Lunatic asylums Central Provinces reports 1886-1894 - 1886-1894
Year: 1886
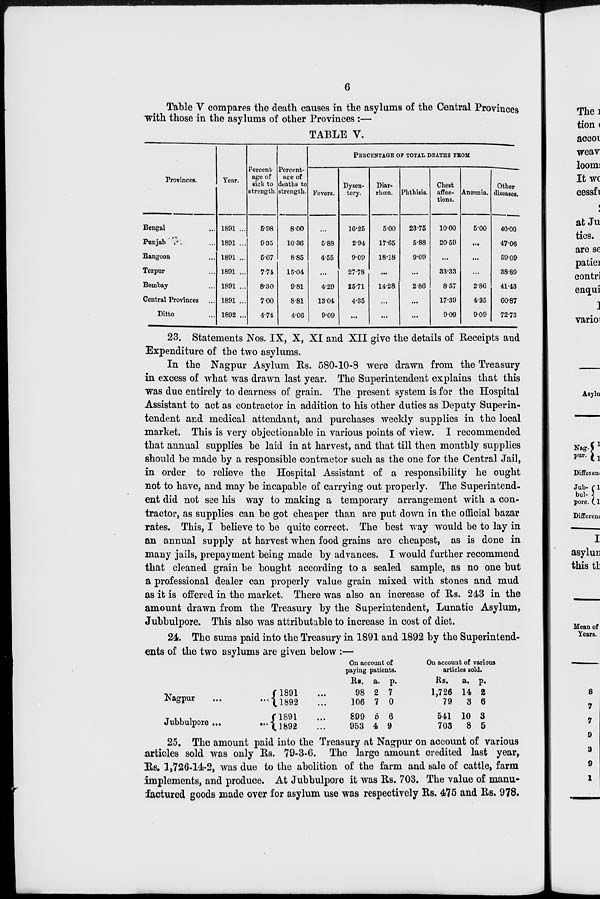
6
Table V compares the death causes in the asylums of the Central Provinces
with those in the asylums of other Provinces:—
TABLE V.
Provinces.
Bengal ...
Punjab ...
Rangoon ...
Tezpur ...
Bombay ...
Central Provinces ...
Ditto ...
Year.
1891 ...
1891 ...
1891 ...
1891 ...
1891 ...
1891 ...
1892 ...
Percent-
age of
sick to
strength.
6.98
9.35
5.67
7.74
8.30
7.00
4.74
Percent-
age of
deaths to
strength.
8.00
10.36
8.85
15.04
9.81
8.81
4.06
PERCENTAGE OF TOTAL DEATHS FROM
Fevers.
...
5.88
4.55
...
4.29
13.04
9.09
Dysen-
tery.
16.25
2.94
9.09
27.78
25.71
4.35
...
Diar-
rhœa.
5.00
17.65
18.18
...
14.28
...
...
Phthisis.
23.75
5.88
9.09
...
2.86
...
...
Chest
affec-
tions.
10.00
20.59
...
33.33
8.57
17.39
9.09
Anæmia.
5.00
...
...
...
2.86
4.35
9.09
Other
diseases.
40.00
47.06
59.09
38.89
41.43
60.87
72.73
23. Statements Nos. IX, X, XI and XII give the details of Receipts and
Expenditure of the two asylums.
In the Nagpur Asylum Rs. 580-10-8 were drawn from the Treasury
in excess of what was drawn last year. The Superintendent explains that this
was due entirely to dearness of grain. The present system is for the Hospital
Assistant to act as contractor in addition to his other duties as Deputy Superin-
tendent and medical attendant, and purchases weekly supplies in the local
market. This is very objectionable in various points of view. I recommended
that annual supplies be laid in at harvest, and that till then monthly supplies
should be made by a responsible contractor such as the one for the Central Jail,
in order to relieve the Hospital Assistant of a responsibility he ought
not to have, and may be incapable of carrying out properly. The Superintend-
ent did not see his way to making a temporary arrangement with a con-
tractor, as supplies can be got cheaper than are put down in the official bazar
rates. This, I believe to be quite correct. The best way would be to lay in
an annual supply at harvest when food grains are cheapest, as is done in
many jails, prepayment being made by advances. I would further recommend
that cleaned grain be bought according to a sealed sample, as no one but
a professional dealer can properly value grain mixed with stones and mud
as it is offered in the market. There was also an increase of Rs. 243 in the
amount drawn from the Treasury by the Superintendent, Lunatic Asylum,
Jubbulpore. This also was attributable to increase in cost of diet.
24. The sums paid into the Treasury in 1891 and 1892 by the Superintend-
ents of the two asylums are given below :—
Nagpur
...
...
Jubbulpore ...
...
1891 ...
1892 ...
1891 ...
1892
On account of
paying patients.
Rs.
98
106
899
953
a.
2
7
5
4
p.
7
0
6
9
On account of various
articles sold.
Rs.
1,726
79
541
703
a.
14
3
10
8
p.
2
6
3
5
25. The amount paid into the Treasury at Nagpur on account of various
articles sold was only Rs. 79-3-6. The large amount credited last year,
Rs. 1,726-14-2, was due to the abolition of the farm and sale of cattle, farm
implements, and produce. At Jubbulpore it was Rs. 703. The value of manu-
factured goods made over for asylum use was respectively Rs. 475 and Rs. 978.